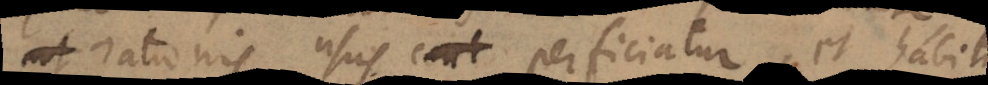
ut rationis usus perficiatur, et habitu